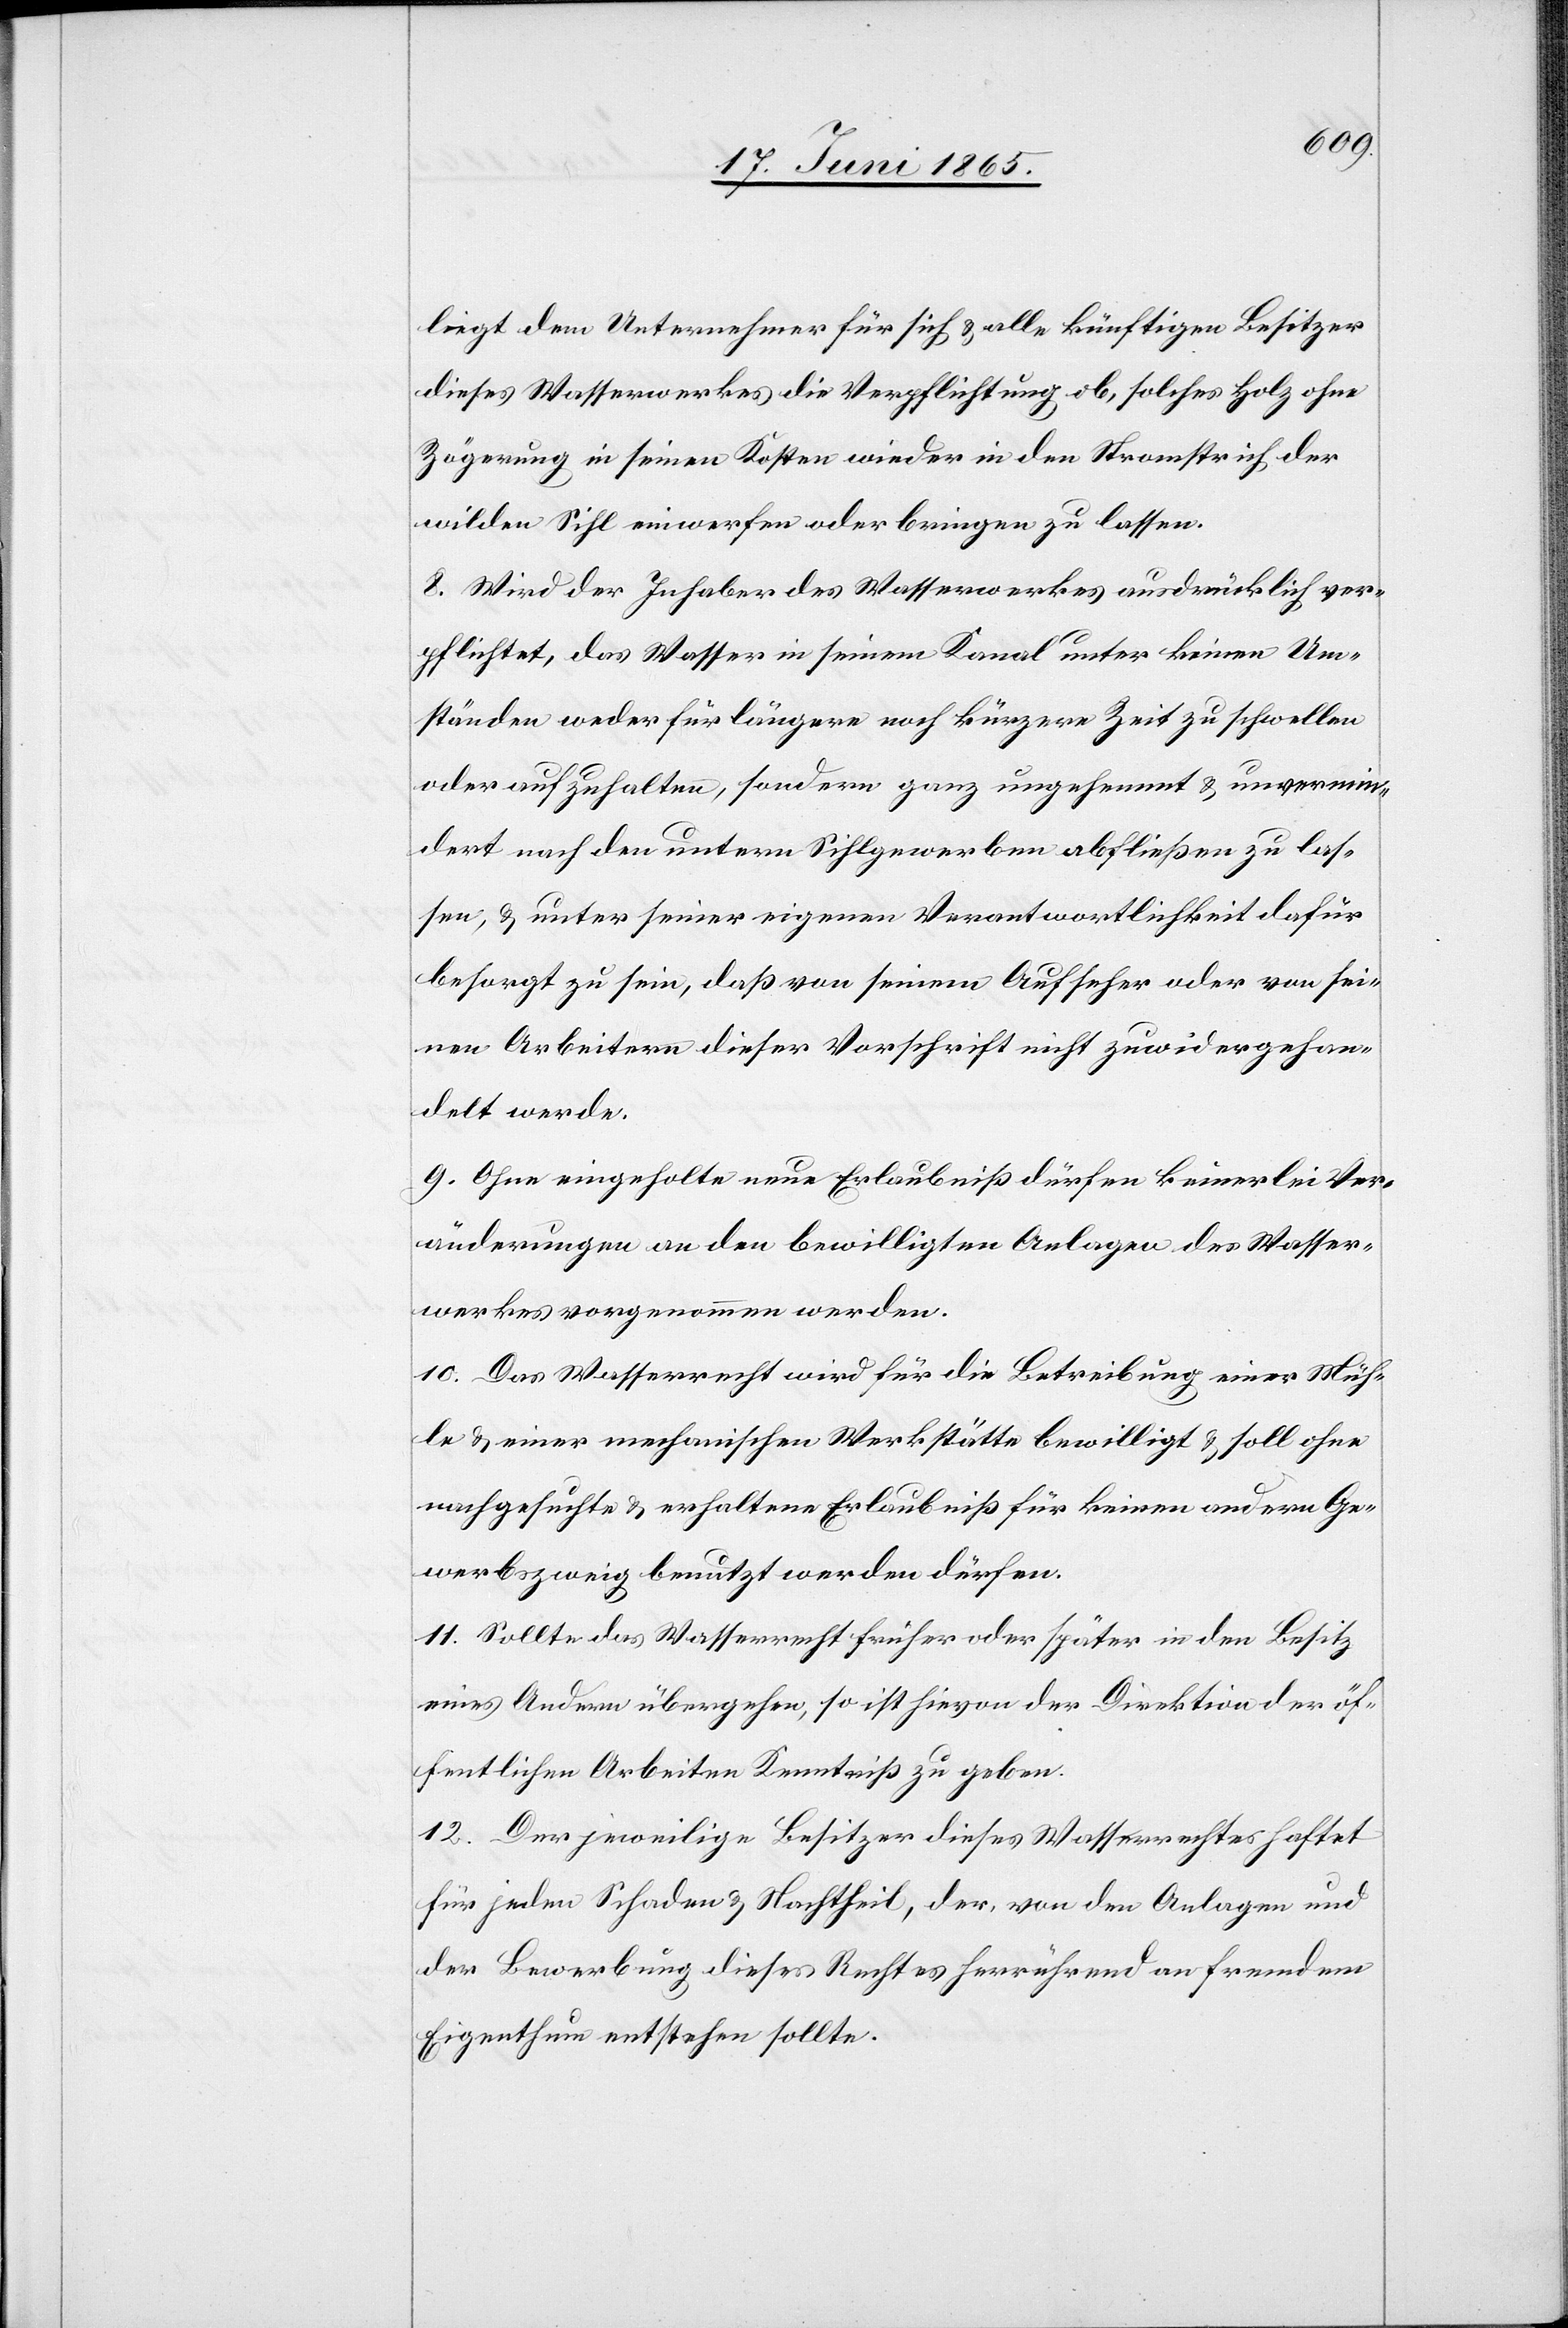
liegt dem Unternehmer für sich & alle künftigen Besitzer
dieses Wasserwerkes die Verpflichtung ob, solches Holz ohne
Zögerung in seinen Kosten wieder in den Stromstrich der
wilden Sihl einwerfen oder bringen zu lassen.
8. Wird der Inhaber des Wasserwerkes ausdrücklich ver¬
pflichtet, das Wasser in seinem Kanal unter keinen Um¬
ständen weder für längere noch kürzerer Zeit zu schwellen
oder aufzuhalten, sondern ganz ungehemmt & unvermin¬
dert nach den untern Sihlgewerben abfließen zu las¬
sen, & unter seiner eigenen Verantwortlichkeit dafür
besorgt zu sein, daß von seinem Aufseher oder von sei¬
nen Arbeitern dieser Vorschrift nicht zuwidergehan¬
delt werde.
9. Ohne eingeholte neue Erlaubniß dürfen keinerlei Ver¬
änderungen an den bewilligten Anlagen des Wasser¬
werkes vorgenommen werden.
10. Das Wasserrecht wird für die Betreibung einer Müh¬
le & einer mechanischen Werkstätte bewilligt & soll ohne
nachgesuchte & erhaltene Erlaubniß für keinen andern Ge¬
werbszweig benutzt werden dürfen.
11. Sollte das Wasserrecht früher oder später in den Besitz
eines Andern übergehen, so ist hievon der Direktion der öf¬
fentlichen Arbeiten Kenntniß zu geben.
12. Der jeweilige Besitzer dieses Wasserrechtes haftet
für jeden Schaden & Nachtheil, der, von den Anlagen und
der Bewerbung diese Rechtes herrührend an fremdem
Eigenthum entstehen sollte.